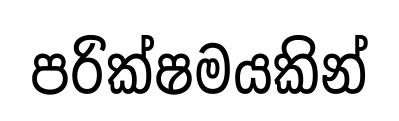
පරික්ෂමයකින්